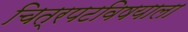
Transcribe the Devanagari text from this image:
चित्रपटविषयाला